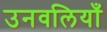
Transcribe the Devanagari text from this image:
उनवलियाँ